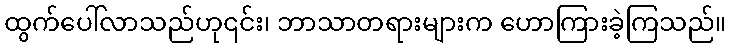
ထွက်ပေါ်လာသည်ဟု၎င်း၊ ဘာသာတရားများက ဟောကြားခဲ့ကြသည်။